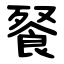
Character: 䬸